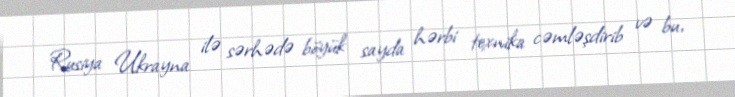
Rusiya Ukrayna ilə sərhədə böyük sayda hərbi texnika cəmləşdirib və bu,